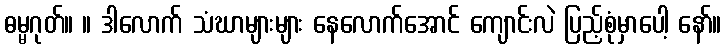
ဓမ္မဂုတ်။ ။ ဒါလောက် သံဃာများများ နေလောက်အောင် ကျောင်းလဲ ပြည့်စုံမှာပေါ့ နော်။